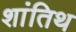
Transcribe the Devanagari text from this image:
शांतिथ